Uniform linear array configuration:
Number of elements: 16
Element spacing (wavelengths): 0.75
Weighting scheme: hamming
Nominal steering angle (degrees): -30
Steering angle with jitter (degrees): -30.83
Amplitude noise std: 0.05
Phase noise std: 0.05

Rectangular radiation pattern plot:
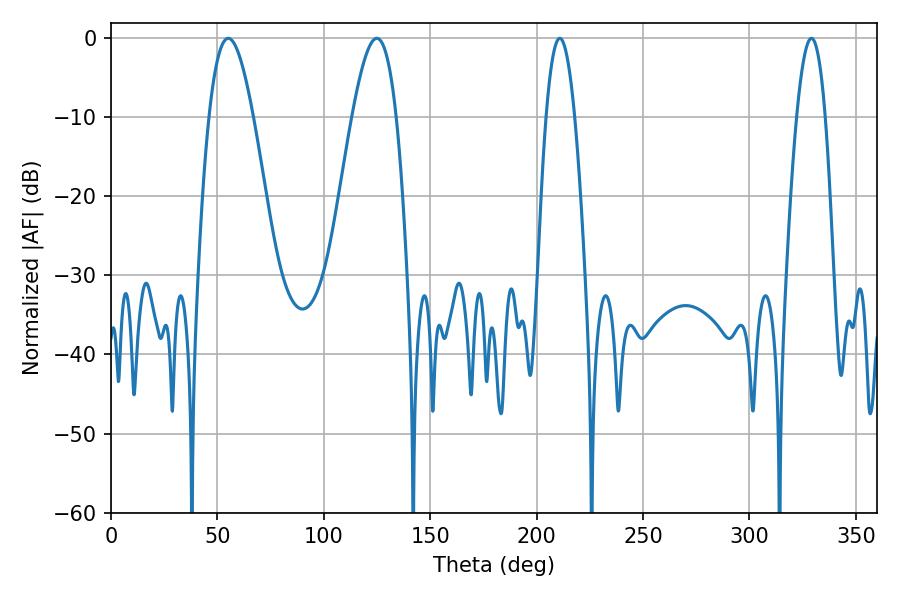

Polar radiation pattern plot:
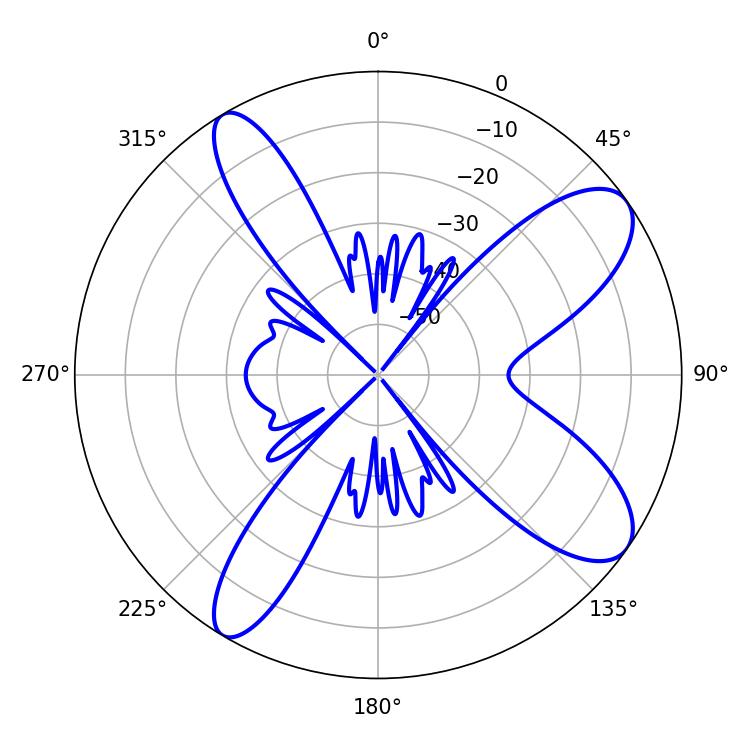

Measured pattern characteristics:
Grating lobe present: TRUE
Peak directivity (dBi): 9.8
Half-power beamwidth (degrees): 11.34
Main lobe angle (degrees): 55.08